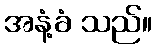
အနံ့ခံ သည်။